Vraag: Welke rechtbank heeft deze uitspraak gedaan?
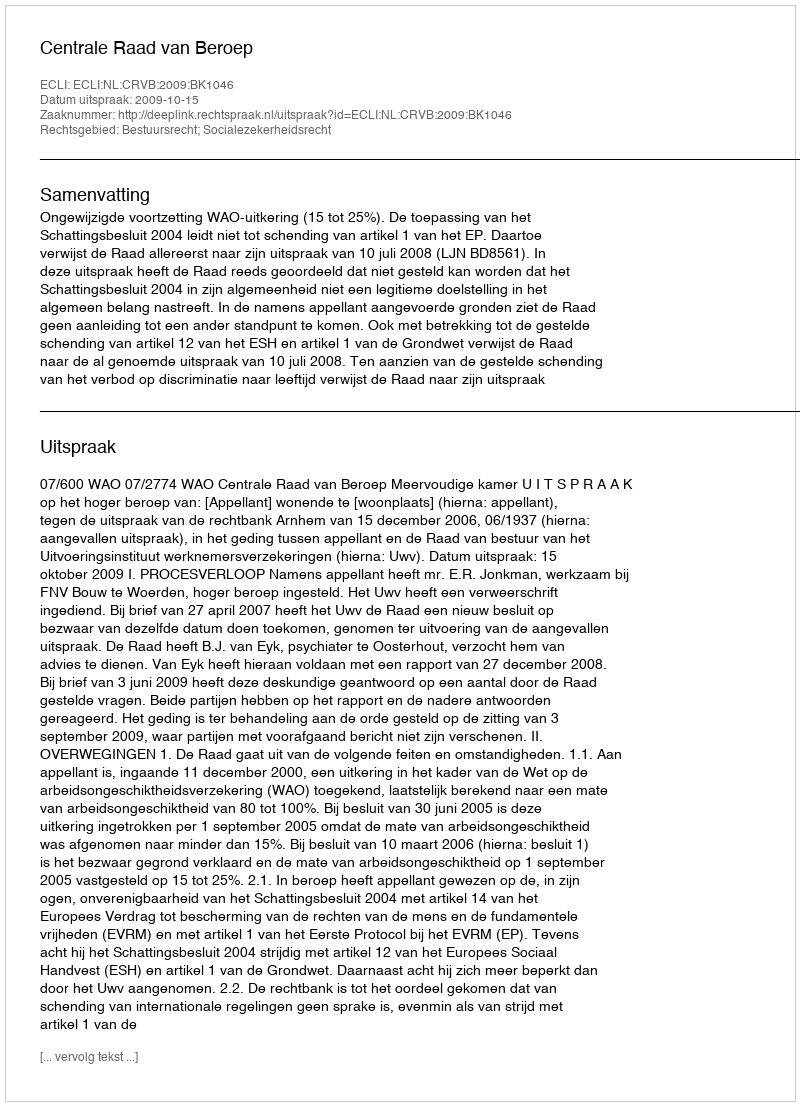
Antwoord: Centrale Raad van Beroep